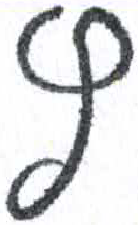
אות: ץ